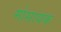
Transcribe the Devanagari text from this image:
मोसायक